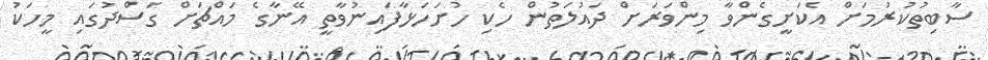
ސާބިތުކުރުމަށް އެކަށީގެންވާ މިންވަރަށް ދައުލަތުން ހެކި ހުށަހަޅާފައިނުވާތީ އޭނާގެ މައްޗަށް ގަސްދުގައި މީހަކު